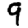
Digit: 9